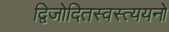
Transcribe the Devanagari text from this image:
द्विजोदितस्वस्त्ययनो